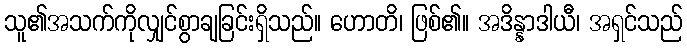
သူ၏အသက်ကိုလျှင်စွာချခြင်းရှိသည်။ ဟောတိ၊ ဖြစ်၏။ အဒိန္နာဒါယီ၊ အရှင်သည်